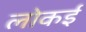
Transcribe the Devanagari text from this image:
लोकई